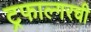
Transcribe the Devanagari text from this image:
ट्रफाल्गरची